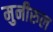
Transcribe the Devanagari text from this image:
मुनीरुल